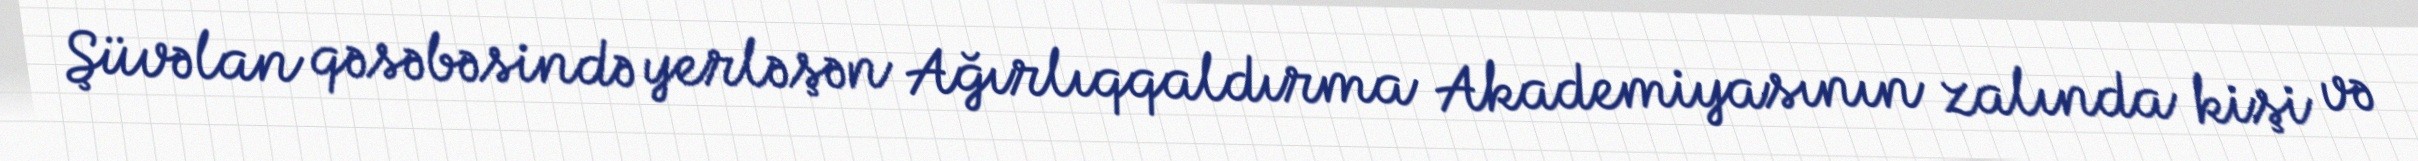
Şüvəlan qəsəbəsində yerləşən Ağırlıqqaldırma Akademiyasının zalında kişi və